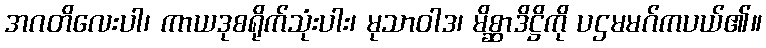
အဂတိလေးပါ၊ ကာယဒုစရိုက်သုံးပါး၊ မုသာဝါဒ၊ မိစ္ဆာဒိဋ္ဌိကို ပဌမမဂ်ကပယ်၏။